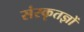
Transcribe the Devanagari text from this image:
संस्कृतज्ञों